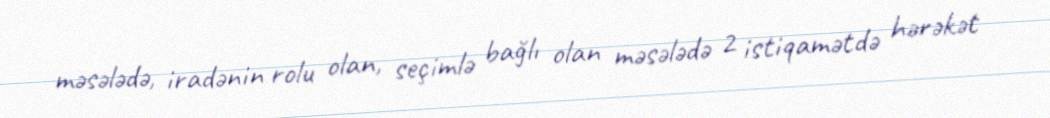
məsələdə, iradənin rolu olan, seçimlə bağlı olan məsələdə 2 istiqamətdə hərəkət